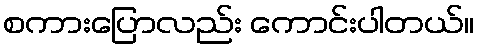
စကားပြောလည်း ကောင်းပါတယ်။